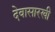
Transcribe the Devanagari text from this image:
देवासारखी